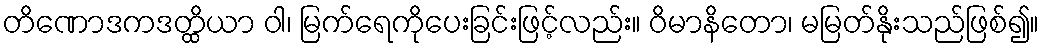
တိဏောဒကဒတ္ထိယာ ဝါ၊ မြက်ရေကိုပေးခြင်းဖြင့်လည်း။ ဝိမာနိတော၊ မမြတ်နိုးသည်ဖြစ်၍။